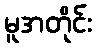
မူအတိုင်း